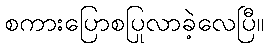
စကားပြောစပြုလာခဲ့လေပြီ။